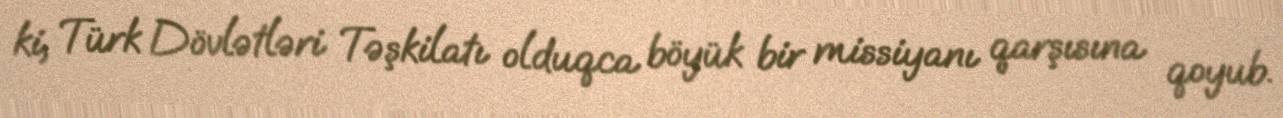
ki, Türk Dövlətləri Təşkilatı olduqca böyük bir missiyanı qarşısına qoyub.